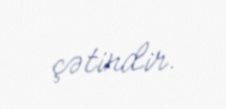
çətindir.